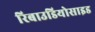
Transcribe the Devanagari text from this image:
रिबाउडियोसाइड